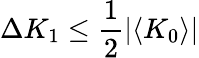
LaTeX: \Delta K_{1}\leq\frac{1}{2}\vert\langle K_{0}\rangle\vert